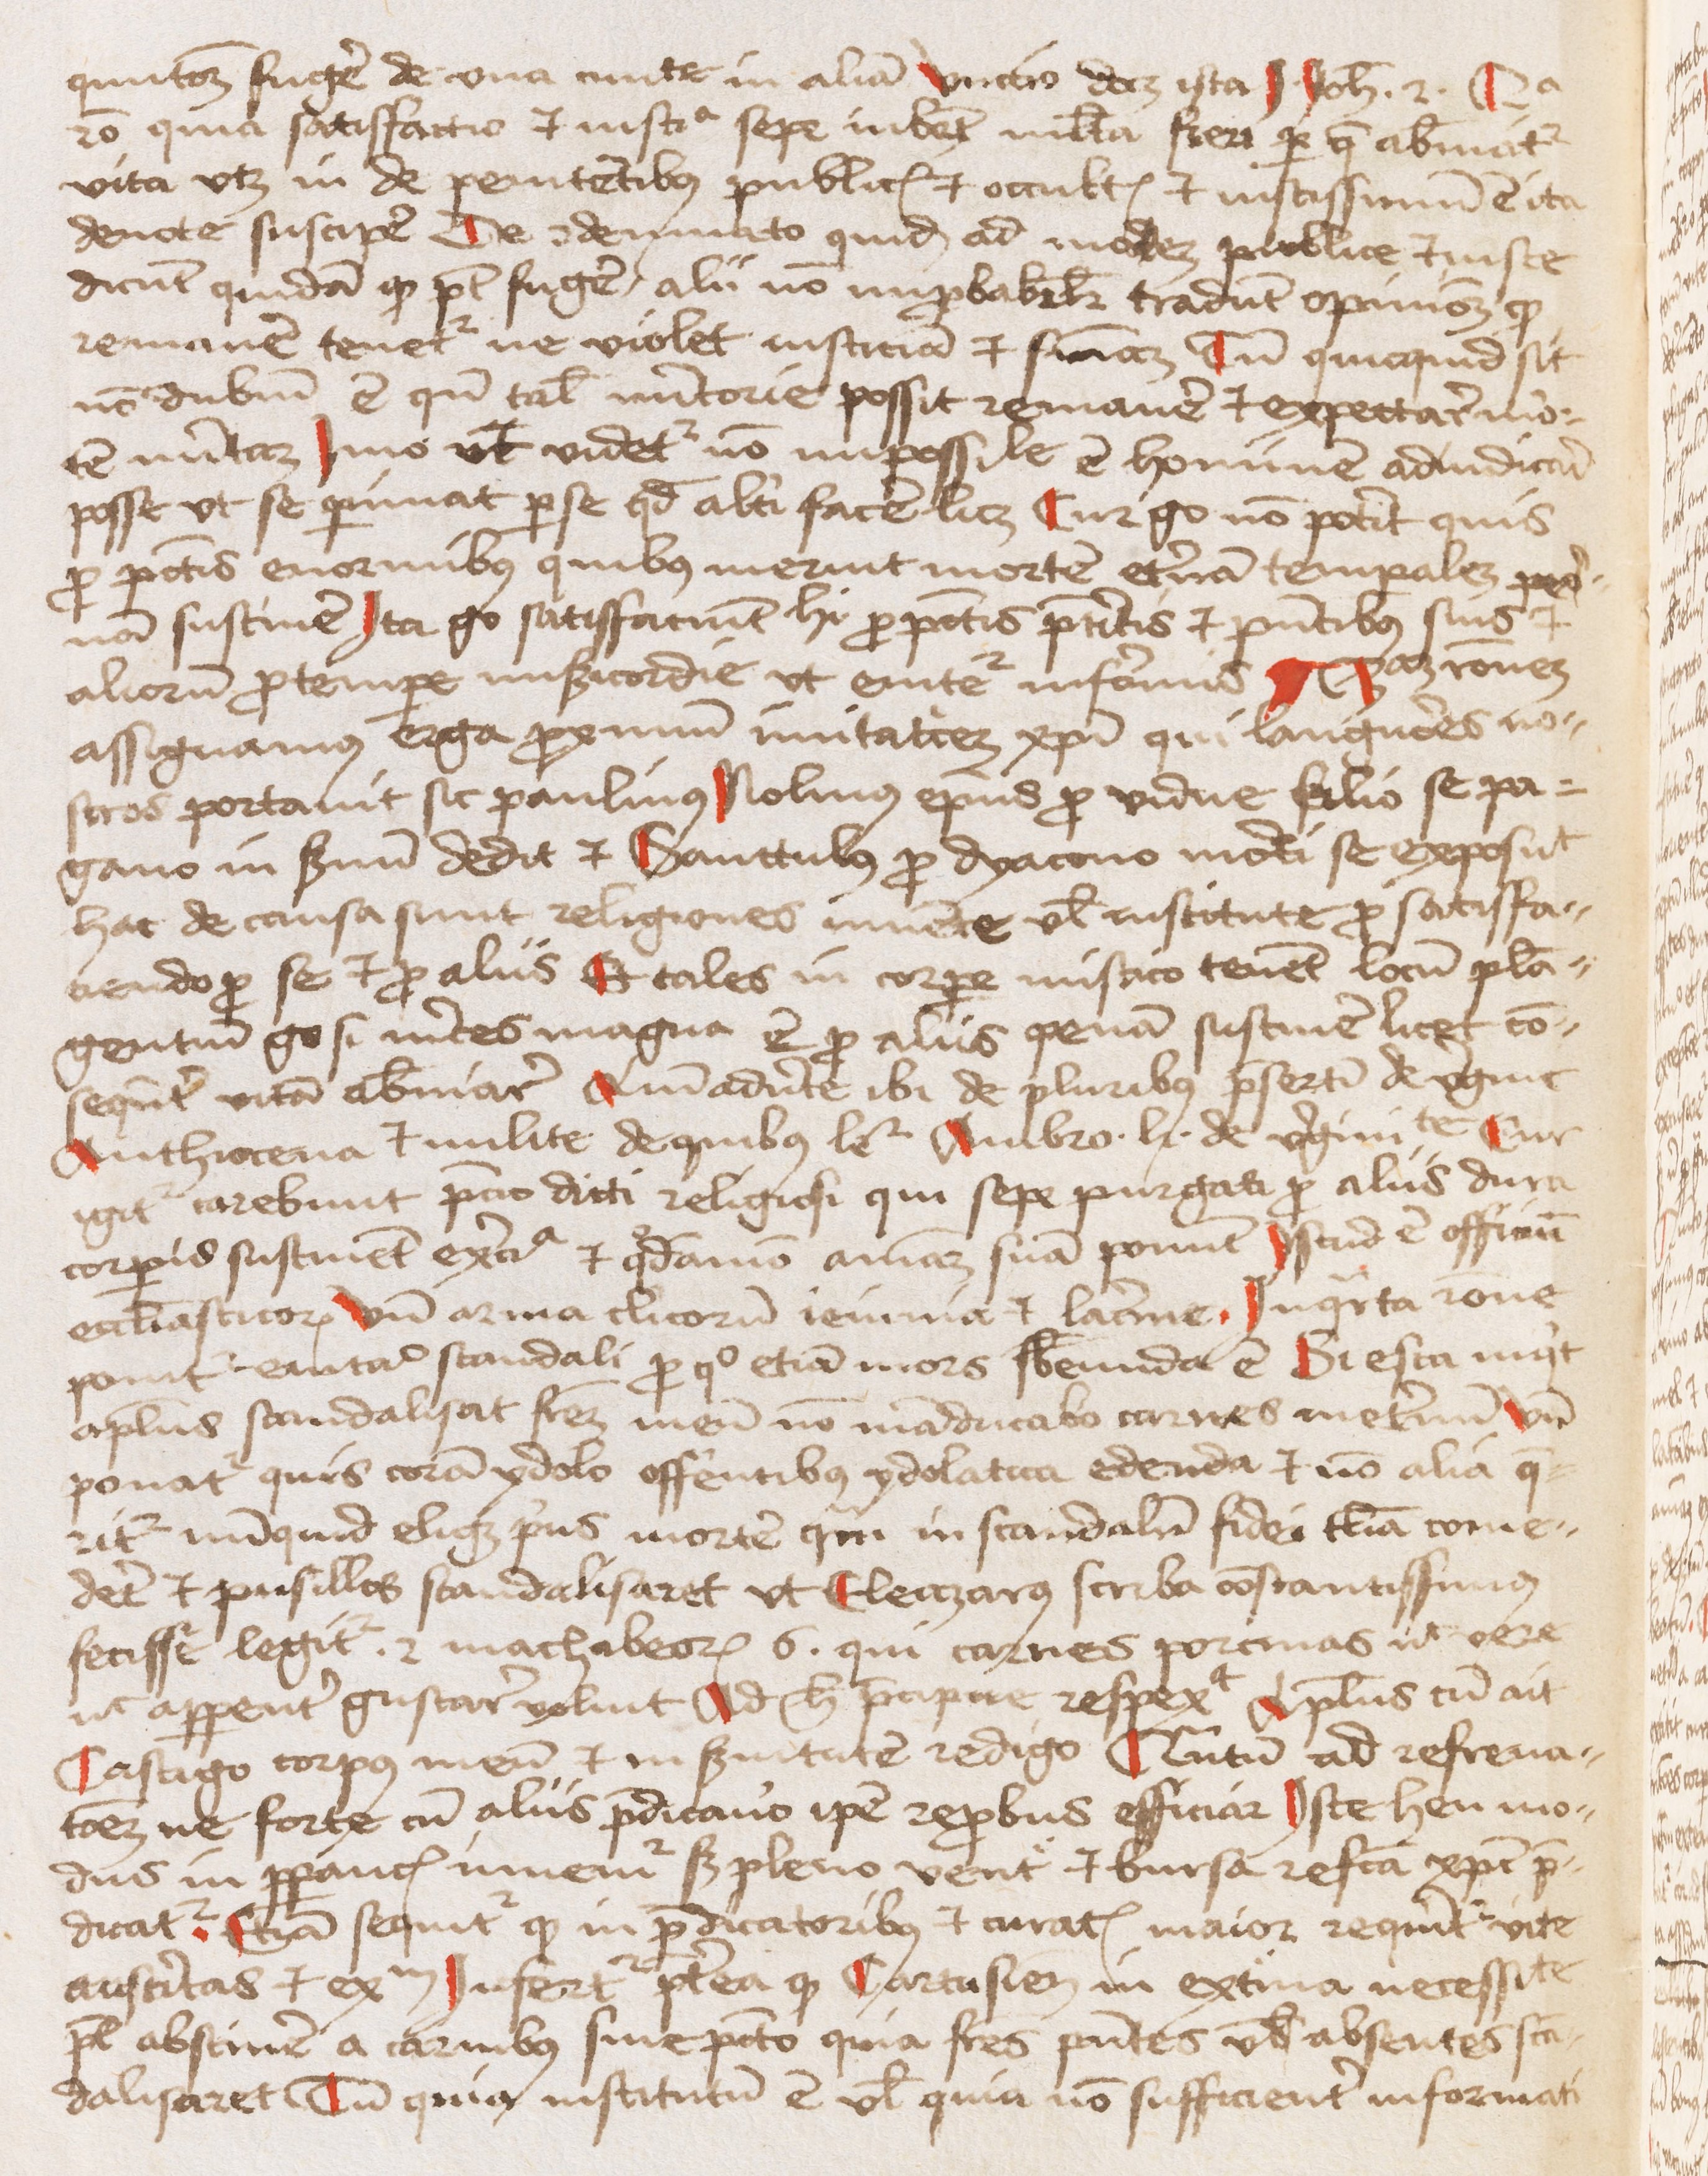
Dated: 1450–1474